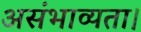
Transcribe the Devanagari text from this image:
असंभाव्यता।